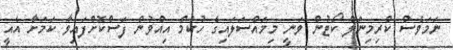
ނަމަވެސް ކްރިމިނަލް ކޯޓުން ވަނީ މިމައްސަލައިގެ ހުކުމް އިއްވުން ފަސްކޮށްފައިވާ ކަމަށާ އެއީ